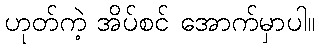
ဟုတ်ကဲ့ အိပ်စင် အောက်မှာပါ။